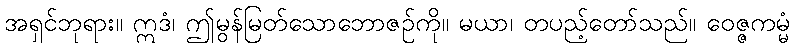
အရှင်ဘုရား။ ဣဒံ၊ ဤမွန်မြတ်သောဘောဇဉ်ကို။ မယာ၊ တပည့်တော်သည်။ ဝေဇ္ဇကမ္မံ